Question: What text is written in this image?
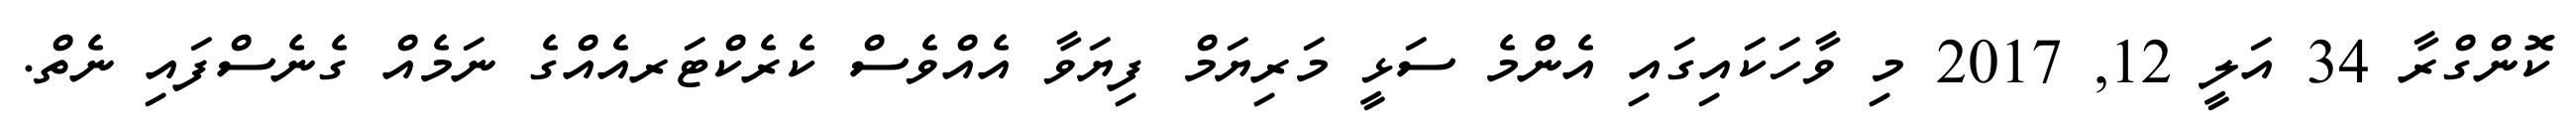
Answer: ކޮންގްރާ 34 އަލީ 12, 2017 މި ވާހަކައިގައި އެންމެ ސަޅީ މަރިޔަމް ފިޔަވާ އެއްވެސް ކެރެކްޓަރއެއްގެ ނަމެއް ގެނެސްފައި ނެތް.